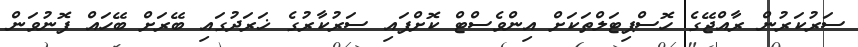
ސަރުކަރުން ރާއްޖޭގެ ހޮސްޕިޓަލްތަކަށް އިންވެސްޓް ކޮށްފައި ސަރުކާރުގެ ޚަރަދުގައި ބޭރަށް ބޭހައް ފޮނުވަން